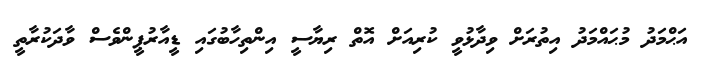
އަޙްމަދު މުޙައްމަދު އިތުރަށް ވިދާޅުވީ ކުރިއަށް އޮތް ރިޔާސީ އިންތިހާބުގައި ޑީއާރުޕީންވެސް ވާދަކުރާތީ